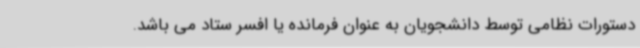
دستورات نظامی توسط دانشجویان به عنوان فرمانده یا افسر ستاد می باشد.